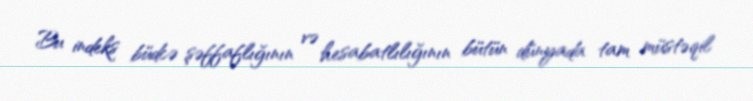
Bu indeks büdcə şəffaflığının və hesabatlılığının bütün dünyada tam müstəqil